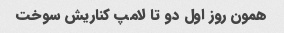
همون روز اول دو تا لامپ کناریش سوخت